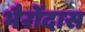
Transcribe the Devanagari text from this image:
भैरोंदास